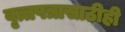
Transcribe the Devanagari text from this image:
वृत्तपत्रासाठीही